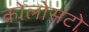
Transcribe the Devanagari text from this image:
कोलोसंटो